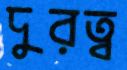
দুরত্ব